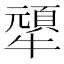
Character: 㹕